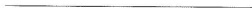
___